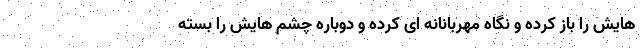
هایش را باز کرده و نگاه مهربانانه ای کرده و دوباره چشم هایش را بسته